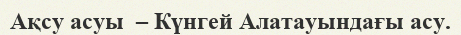
Ақсу асуы  – Күнгей Алатауындағы асу.